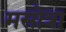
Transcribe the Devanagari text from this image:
मसोत्रा